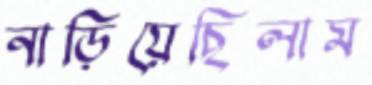
নাড়িয়েছিলাম